Proceedings of the meeting of veterinary officers in India
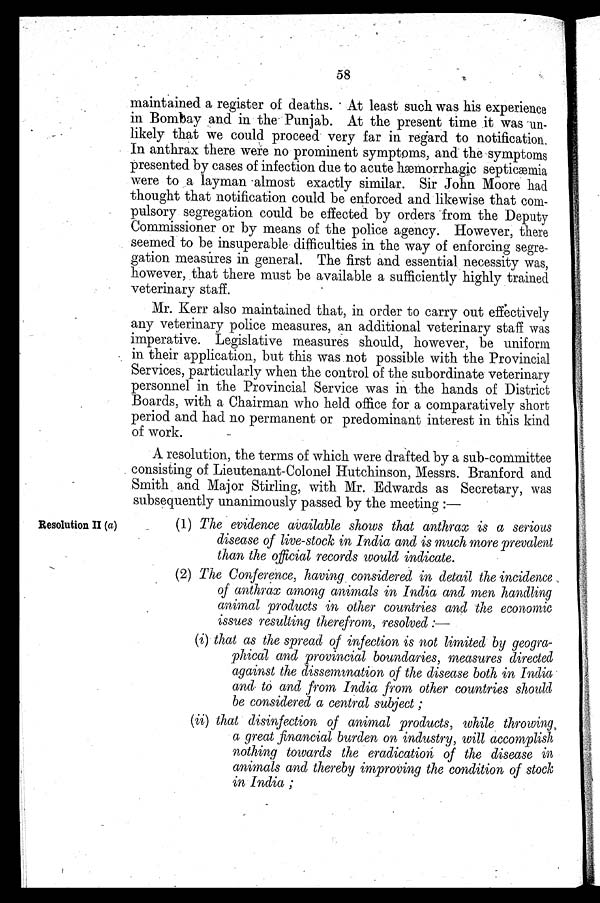
58
maintained a register of deaths. At least such was his experience
in Bombay and in the Punjab. At the present time it was un-
likely that we could proceed very far in regard to notification.
In anthrax there were no prominent symptoms, and the symptoms
presented by cases of infection due to acute hæmorrhagic septicæmia
were to a layman almost exactly similar. Sir John Moore had
thought that notification could be enforced and likewise that com-
pulsory segregation could be effected by orders from the Deputy
Commissioner or by means of the police agency. However, there
seemed to be insuperable difficulties in the way of enforcing segre-
gation measures in general. The first and essential necessity was,
however, that there must be available a sufficiently highly trained
veterinary staff.
Mr. Kerr also maintained that, in order to carry out effectively
any veterinary police measures, an additional veterinary staff was
imperative. Legislative measures should, however, be uniform
in their application, but this was not possible with the Provincial
Services, particularly when the control of the subordinate veterinary
personnel in the Provincial Service was in the hands of District
Boards, with a Chairman who held office for a comparatively short
period and had no permanent or predominant interest in this kind
of work.
A resolution, the terms of which were drafted by a sub-committee
consisting of Lieutenant-Colonel Hutchinson, Messrs. Branford and
Smith and Major Stirling, with Mr. Edwards as Secretary, was
subsequently unanimously passed by the meeting:—
Resolution II (a)
(1) The evidence available shows that anthrax is a serious
disease of live-stock in India and is much more prevalent
than the official records would indicate.
(2) The Conference, having considered in detail the incidence
of anthrax among animals in India and men handling
animal products in other countries and the economic
issues resulting therefrom, resolved:—
(i) that as the spread of infection is not limited by geogra-
phical and provincial boundaries, measures directed
against the dissemination of the disease both in India
and to and from India from other countries should
be considered a central subject;
(ii) that disinfection of animal products, while throwing
a great financial burden on industry, will accomplish
nothing towards the eradication of the disease in
animals and thereby improving the condition of stock
in India;